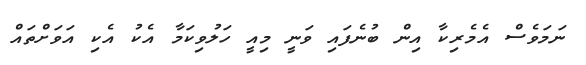
ނަމަވެސް އެމެރިކާ އިން ބުނެފައި ވަނީ މިއީ ހަލުވިކަމާ އެކު އެކި އަވަށްތައް